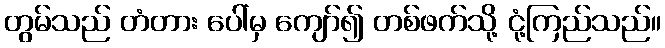
တွမ်သည် တံတား ပေါ်မှ ကျော်၍ တစ်ဖက်သို့ ငုံ့ကြည်သည်။